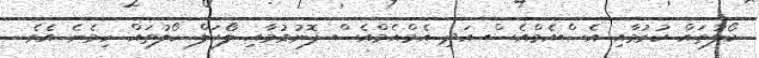
ކޯލުތައް ކުރުމާއި އެސްއެމްއެސް އަދި އެމްއެމްއެސް ފޮނުވުމާއި ލޯކަލް ކޯލުތައް ހިމެނެ އެވެ.